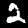
Digit: 2